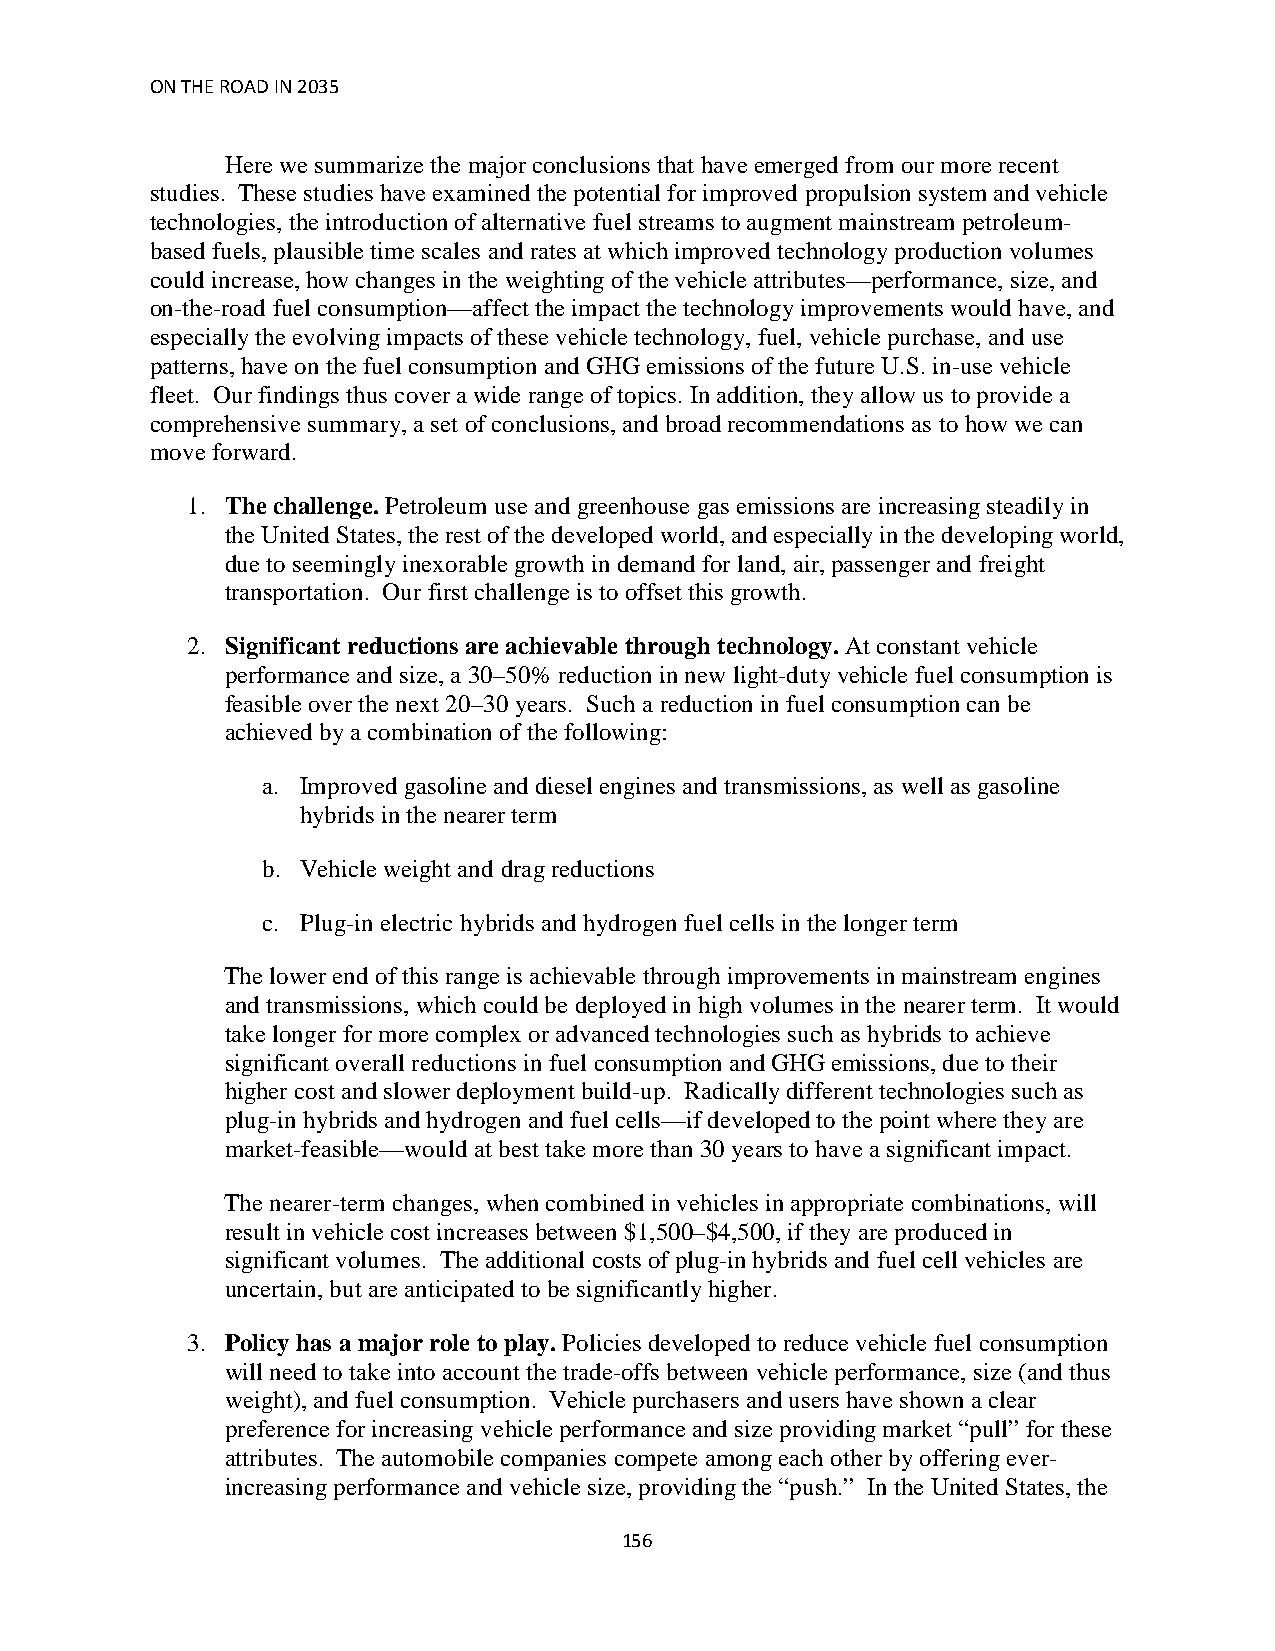
ON THE ROAD IN 2035
 Here we summarize the major conclusions that have emerged from our more recent
 studies. These studies have examined the potential for improved propulsion system and vehicle
 technologies, the introduction of alternative fuel streams to augment mainstream petroleum-
 based fuels, plausible time scales and rates at which improved technology production volumes
 could increase, how changes in the weighting of the vehicle attributes—performance, size, and
 on-the-road fuel consumption—affect the impact the technology improvements would have, and
 especially the evolving impacts of these vehicle technology, fuel, vehicle purchase, and use
 patterns, have on the fuel consumption and GHG emissions of the future U.S. in-use vehicle
 fleet. Our findings thus cover a wide range of topics. In addition, they allow us to provide a
 comprehensive summary, a set of conclusions, and broad recommendations as to how we can
 move forward.
 1. The challenge. Petroleum use and greenhouse gas emissions are increasing steadily in
 the United States, the rest of the developed world, and especially in the developing world,
 due to seemingly inexorable growth in demand for land, air, passenger and freight
 transportation. Our first challenge is to offset this growth.
 2. Significant reductions are achievable through technology. At constant vehicle
 performance and size, a 30–50% reduction in new light-duty vehicle fuel consumption is
 feasible over the next 20–30 years. Such a reduction in fuel consumption can be
 achieved by a combination of the following:
 a. Improved gasoline and diesel engines and transmissions, as well as gasoline
 hybrids in the nearer term
 b. Vehicle weight and drag reductions
 c. Plug-in electric hybrids and hydrogen fuel cells in the longer term
 The lower end of this range is achievable through improvements in mainstream engines
 and transmissions, which could be deployed in high volumes in the nearer term. It would
 take longer for more complex or advanced technologies such as hybrids to achieve
 significant overall reductions in fuel consumption and GHG emissions, due to their
 higher cost and slower deployment build-up. Radically different technologies such as
 plug-in hybrids and hydrogen and fuel cells—if developed to the point where they are
 market-feasible—would at best take more than 30 years to have a significant impact.
 The nearer-term changes, when combined in vehicles in appropriate combinations, will
 result in vehicle cost increases between $1,500–$4,500, if they are produced in
 significant volumes. The additional costs of plug-in hybrids and fuel cell vehicles are
 uncertain, but are anticipated to be significantly higher.
 3. Policy has a major role to play. Policies developed to reduce vehicle fuel consumption
 will need to take into account the trade-offs between vehicle performance, size (and thus
 weight), and fuel consumption. Vehicle purchasers and users have shown a clear
 preference for increasing vehicle performance and size providing market “pull” for these
 attributes. The automobile companies compete among each other by offering ever-
 increasing performance and vehicle size, providing the “push.” In the United States, the
 156